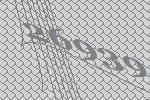
26939